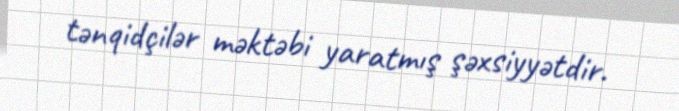
tənqidçilər məktəbi yaratmış şəxsiyyətdir.